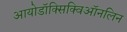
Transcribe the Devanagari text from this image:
आयोडॉक्सिक्विऑनलिन